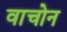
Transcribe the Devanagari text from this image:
वाचोन